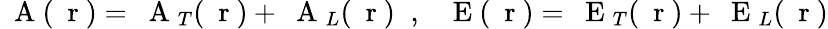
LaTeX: \mathrm{~\mathbf~A~}(\mathrm{~\mathbf~r~})=\mathrm{~\mathbf~A~}_{T}(\mathrm{~\mathbf~r~})+\mathrm{~\mathbf~A~}_{L}(\mathrm{~\mathbf~r~})\; \; ,\; \; \mathrm{~\mathbf~E~}(\mathrm{~\mathbf~r~})=\mathrm{~\mathbf~E~}_{T}(\mathrm{~\mathbf~r~})+\mathrm{~\mathbf~E~}_{L}(\mathrm{~\mathbf~r~})